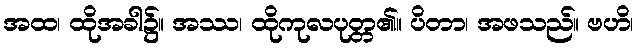
အထ၊ ထိုအခါ၌။ အဿ၊ ထိုကုလပုတ္တ၏။ ပိတာ၊ အဖသည်။ ဗဟိ၊